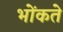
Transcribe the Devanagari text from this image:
भोंकते